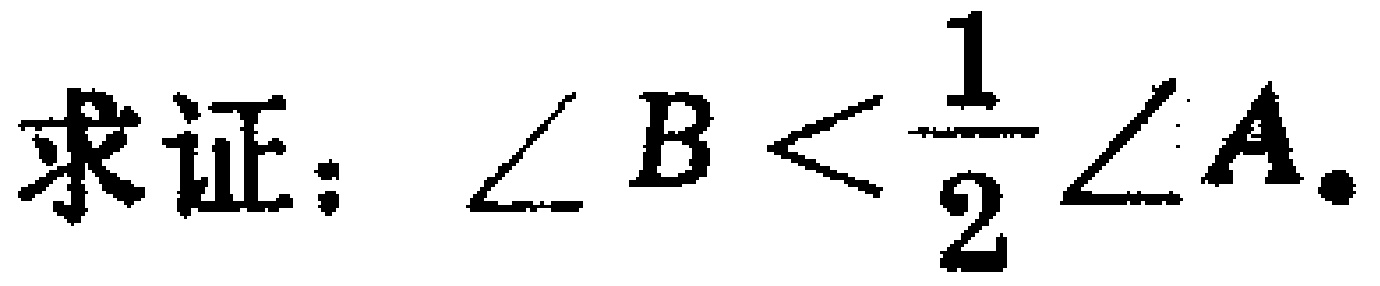
求证：$\angle B < \dfrac{1}{2}\angle A$.